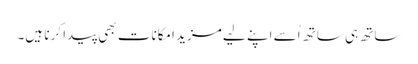
ساتھ ہی ساتھ اُسے اپنے لیے مزید امکانات بھی پیدا کرنا ہیں۔